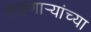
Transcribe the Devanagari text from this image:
राहणार्‍यांच्या